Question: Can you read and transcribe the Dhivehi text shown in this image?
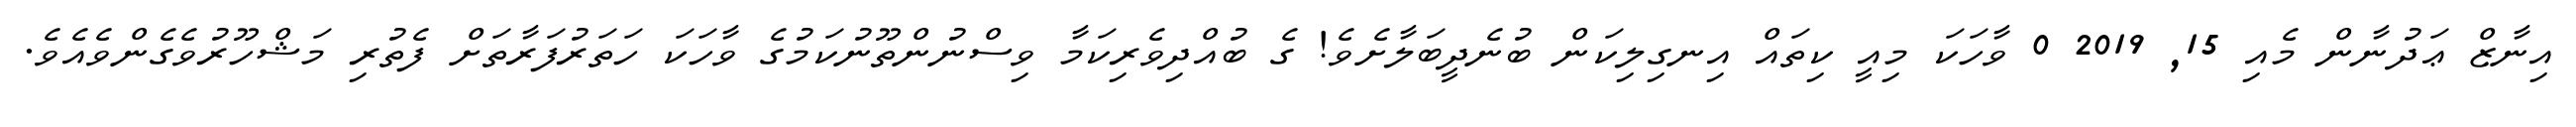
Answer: އިނާޒް ޢަދުނާން މެއި 15, 2019 0 ވާހަކަ މިއީ ކިތައް އިނގިލިކަން ބުނެދީބަލާށެވެ! ގެ ބުއްދިވެރިކަމާ ވިސްނުންތޫނުކަމުގެ ވާހަކަ ހަތަރުފަރާތަށް ފެތުރި މަޝްހޫރުވެގެންވެއެވެ.